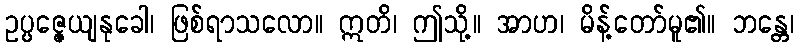
ဥပ္ပဇ္ဇေယျနုခေါ၊ ဖြစ်ရာသလော။ ဣတိ၊ ဤသို့။ အာဟ၊ မိန့်တော်မူ၏။ ဘန္တေ၊